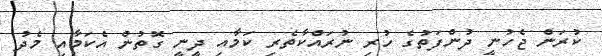
ކުރަން ޖެހުނީ ދުންފަތުގެ ހުރި ނުރައްކާތެރި ކަމާއި ދީނީ ގޮތުން އެކަމާއި މެދު